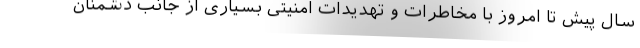
سال پیش تا امروز با مخاطرات و تهدیدات امنیتی بسیاری از جانب دشمنان